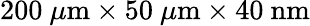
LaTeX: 200\ \mu\mathrm{m}\times 50\ \mu\mathrm{m}\times 40\ \mathrm{nm}